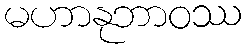
မဟာနုဘာဝဿ